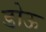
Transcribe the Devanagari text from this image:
डोऊ